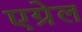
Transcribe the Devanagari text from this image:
एग्रेल